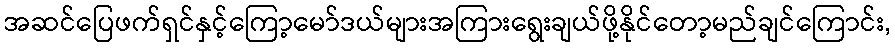
အဆင်ပြေဖက်ရှင်နှင့်ကြော့မော်ဒယ်များအကြားရွေးချယ်ဖို့နိုင်တော့မည်ချင်ကြောင်း,